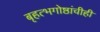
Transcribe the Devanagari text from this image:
बृहत्भगोष्ठांचीही